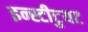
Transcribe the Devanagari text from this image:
इन्स्टीटुयट